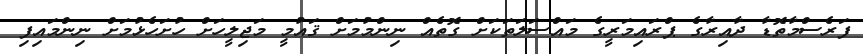
ފަރެސްމާތޮޑާ ދާއިރާގެ ޕްރައިމަރީގެ މައްސަލަތަކަށް ގޮތެއް ނިންމުމަށް ޤައުމީ މަޖިލީހަށް ހުށަހެޅުމަށް ނިންމައިފި